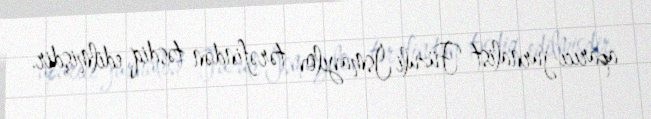
aparıcı-jurnalist Füzuli İsmayılov tərəfindən təsdiq edilmişdir.